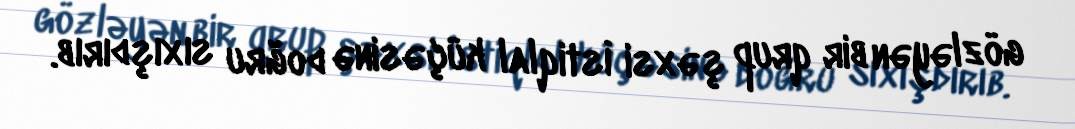
gözləyən bir qrup şəxsi İstiqlal küçəsinə doğru sıxışdırıb.